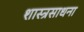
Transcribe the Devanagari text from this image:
शास्त्रसाधना